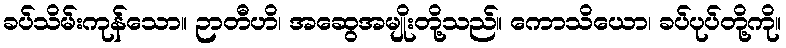
ခပ်သိမ်းကုန်သော။ ဉာတီဟိ၊ အဆွေအမျိုးတို့သည်။ ကောသိယော၊ ခပ်ပုပ်တို့ကို။